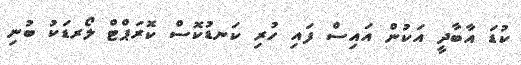
ކުޑަ އާބާދީ އަކުން އައިސް ފައި ހުރި ކަނޑުކޮސް ކޮރަޕްޓް ލޯރޑަކު ބުނި